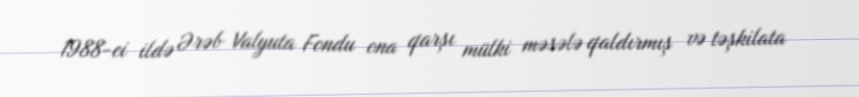
1988-ci ildə Ərəb Valyuta Fondu ona qarşı mülki məsələ qaldırmış və təşkilata